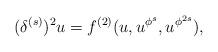
LaTeX: \begin{align*} (\delta^{(s)})^2u =f^{(2)}(u,u^{\phi^s},u^{\phi^{2s}}),\end{align*}